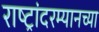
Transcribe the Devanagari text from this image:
राष्ट्रांदरम्यानच्या